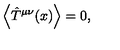
\left\langle \hat { T } ^ { \mu \nu } ( x ) \right\rangle = 0 ,